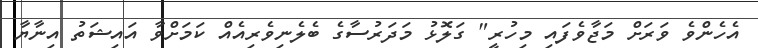
އެހެންވެ ވަރަށް މަޖާވެފައި މިހުރީ" ގަލޮޅު މަދަރުސާގެ ބެލެނިވެރިއެއް ކަމަށްވާ އައިޝަތު އިނާޔާ